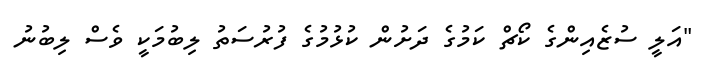
"އަލީ ސުޒެއިންގެ ކޯޗް ކަމުގެ ދަށުން ކުޅުމުގެ ފުރުސަތު ލިބުމަކީ ވެސް ލިބުނު